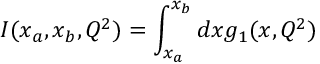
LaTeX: I ( x _ { a } , x _ { b } , Q ^ { 2 } ) = \int _ { x _ { a } } ^ { x _ { b } } d x g _ { 1 } ( x , Q ^ { 2 } )